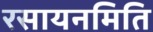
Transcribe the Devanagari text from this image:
रसायनमिति